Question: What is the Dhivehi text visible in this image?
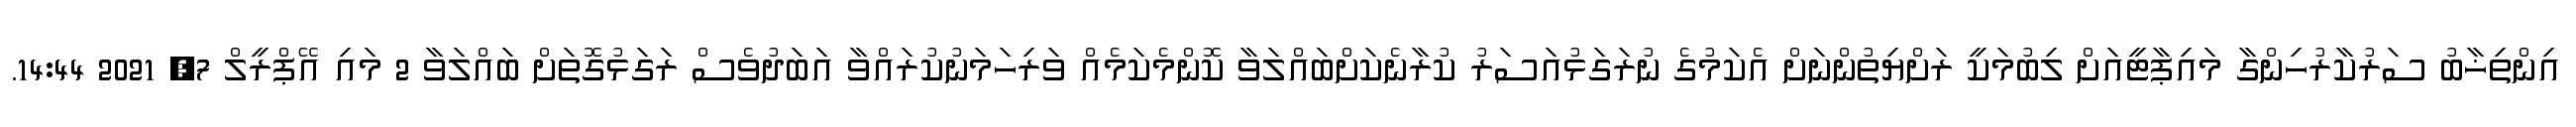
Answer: އިންތިޚާބު ސަރުކާރުހިންގާ މައިޕާޓީއަށް ލިބުމަކީ ރަށްޔިތުންނަށް އެކަމުގެ ނުރަގަޅުއަސަރު ކުރާނެކަށްބައްލަވާ ކޮންމެކަމެއް ވަރިހަމަނުކުރައްވާ އަބަދުވެސް ރަގަޅުގޮތަށް ބައްލަވާ 2 މައި އޭޕްރީލް 7, 2021 14:44.